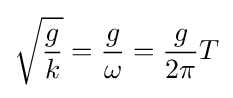
{\sqrt {\frac {g}{k}}}={\frac {g}{\omega }}={\frac {g}{2\pi }}T